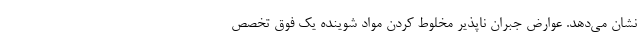
نشان می‌دهد. عوارض جبران ‌ناپذیر مخلوط کردن مواد شوینده یک فوق تخصص